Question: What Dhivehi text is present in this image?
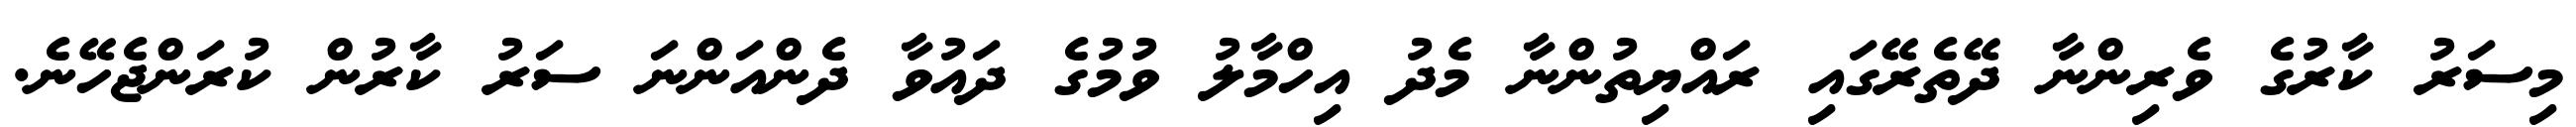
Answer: މިސަރު ކާރުގެ ވެރިންނާ ދޭތެރޭގައި ރައްޔިތުންނާ މެދު އިހްމާލު ވުމުގެ ދައުވާ ދެންއަންނަ ސަރު ކާރުން ކުރަންޖެހޭނެ.